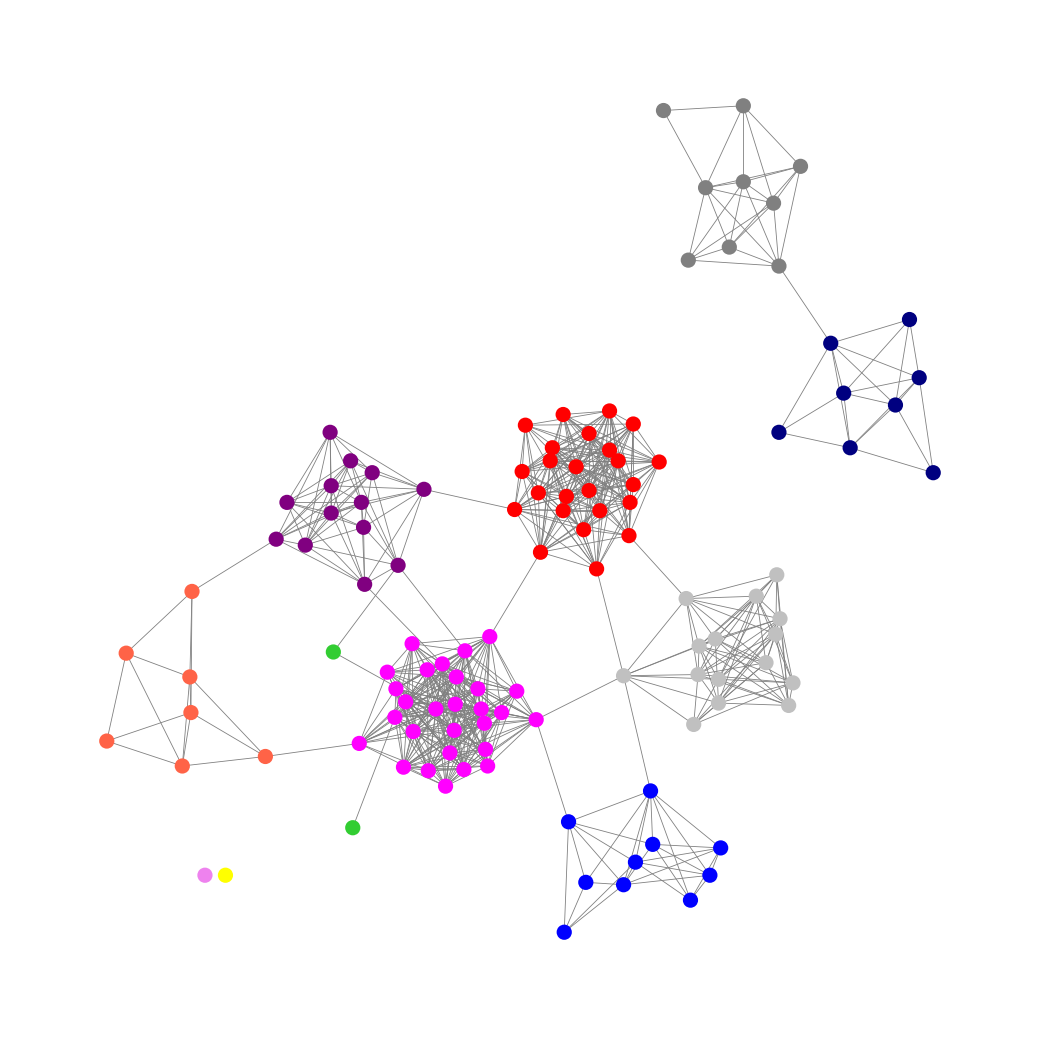
Graph connected: No
Number of connected components: 4
Number of singletons: 2
Total number of nodes: 118
Total number of edges: 694
Number of communities: 11
Community sizes:
Blue: 10
Fuchsia: 28
Gray: 9
Lime Green: 2
Navy: 8
Purple: 13
Red: 24
Silver: 15
Tomato: 7
Violet: 1
Yellow: 1
Graph layout: tda
Graph generation method: erdos_renyi